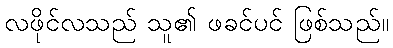
လဖိုင်လသည် သူ၏ ဖခင်ပင် ဖြစ်သည်။